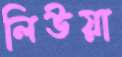
লিউয়া